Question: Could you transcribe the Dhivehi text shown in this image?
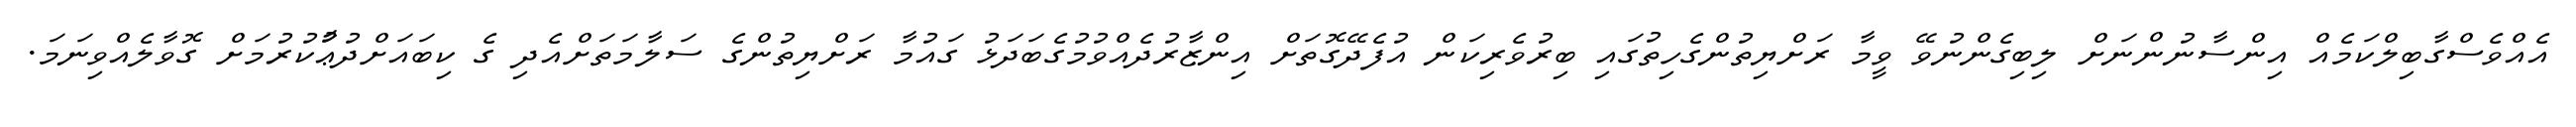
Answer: އެއްވެސްގާބިލްކަމެއް އިންސާނުންނަށް ލިބިގެންނުވޭ ވީމާ ރަށްޔިތުންގެހިތުގައި ބިރުވެރިކަން އުފެދޭގޮތަށް އިންޒާރުދެއްވުމުގެބަދަޅު ގައުމާ ރަށްޔިތުންގެ ސަލާމަތަށްއެދި ގެ ކިބައަށްދުޢާުކުރުމަށް ގޮވާލެއްވިނަމަ.